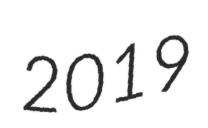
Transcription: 2019